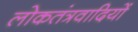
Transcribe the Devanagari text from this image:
लोकतंत्रवादियों